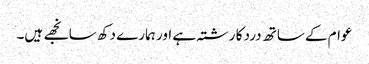
عوام کے ساتھ درد کا رشتہ ہے اور ہمارے دکھ سانجھے ہیں۔